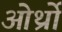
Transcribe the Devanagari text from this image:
ओर्थ्रो